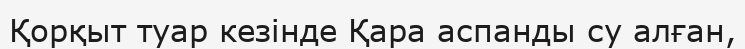
Қорқыт туар кезінде Қара аспанды су алған,